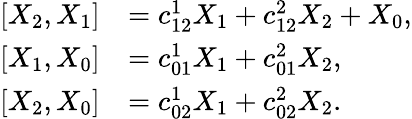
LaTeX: \begin{array}{rl}{\left[X_{2},X_{1}\right]}&{=c_{12}^{1}X_{1}+c_{12}^{2}X_{2}+X_{0},}\\ {\left[X_{1},X_{0}\right]}&{=c_{01}^{1}X_{1}+c_{01}^{2}X_{2},}\\ {\left[X_{2},X_{0}\right]}&{=c_{02}^{1}X_{1}+c_{02}^{2}X_{2}.}\end{array}